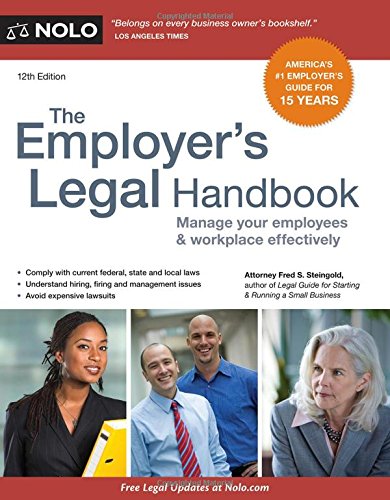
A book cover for Employer's Legal Handbook, The: Manage Your Employees & Workplace Effectively; Fred S. Steingold Attorney; Business & Money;